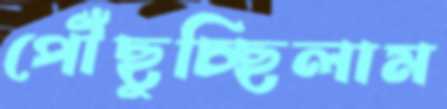
পৌঁছুচ্ছিলাম